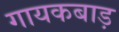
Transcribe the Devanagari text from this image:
गायकबाड़